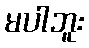
မပါဘူး